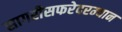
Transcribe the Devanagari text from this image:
सागरीसफरेदरम्यान